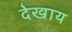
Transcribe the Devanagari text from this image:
देखाय